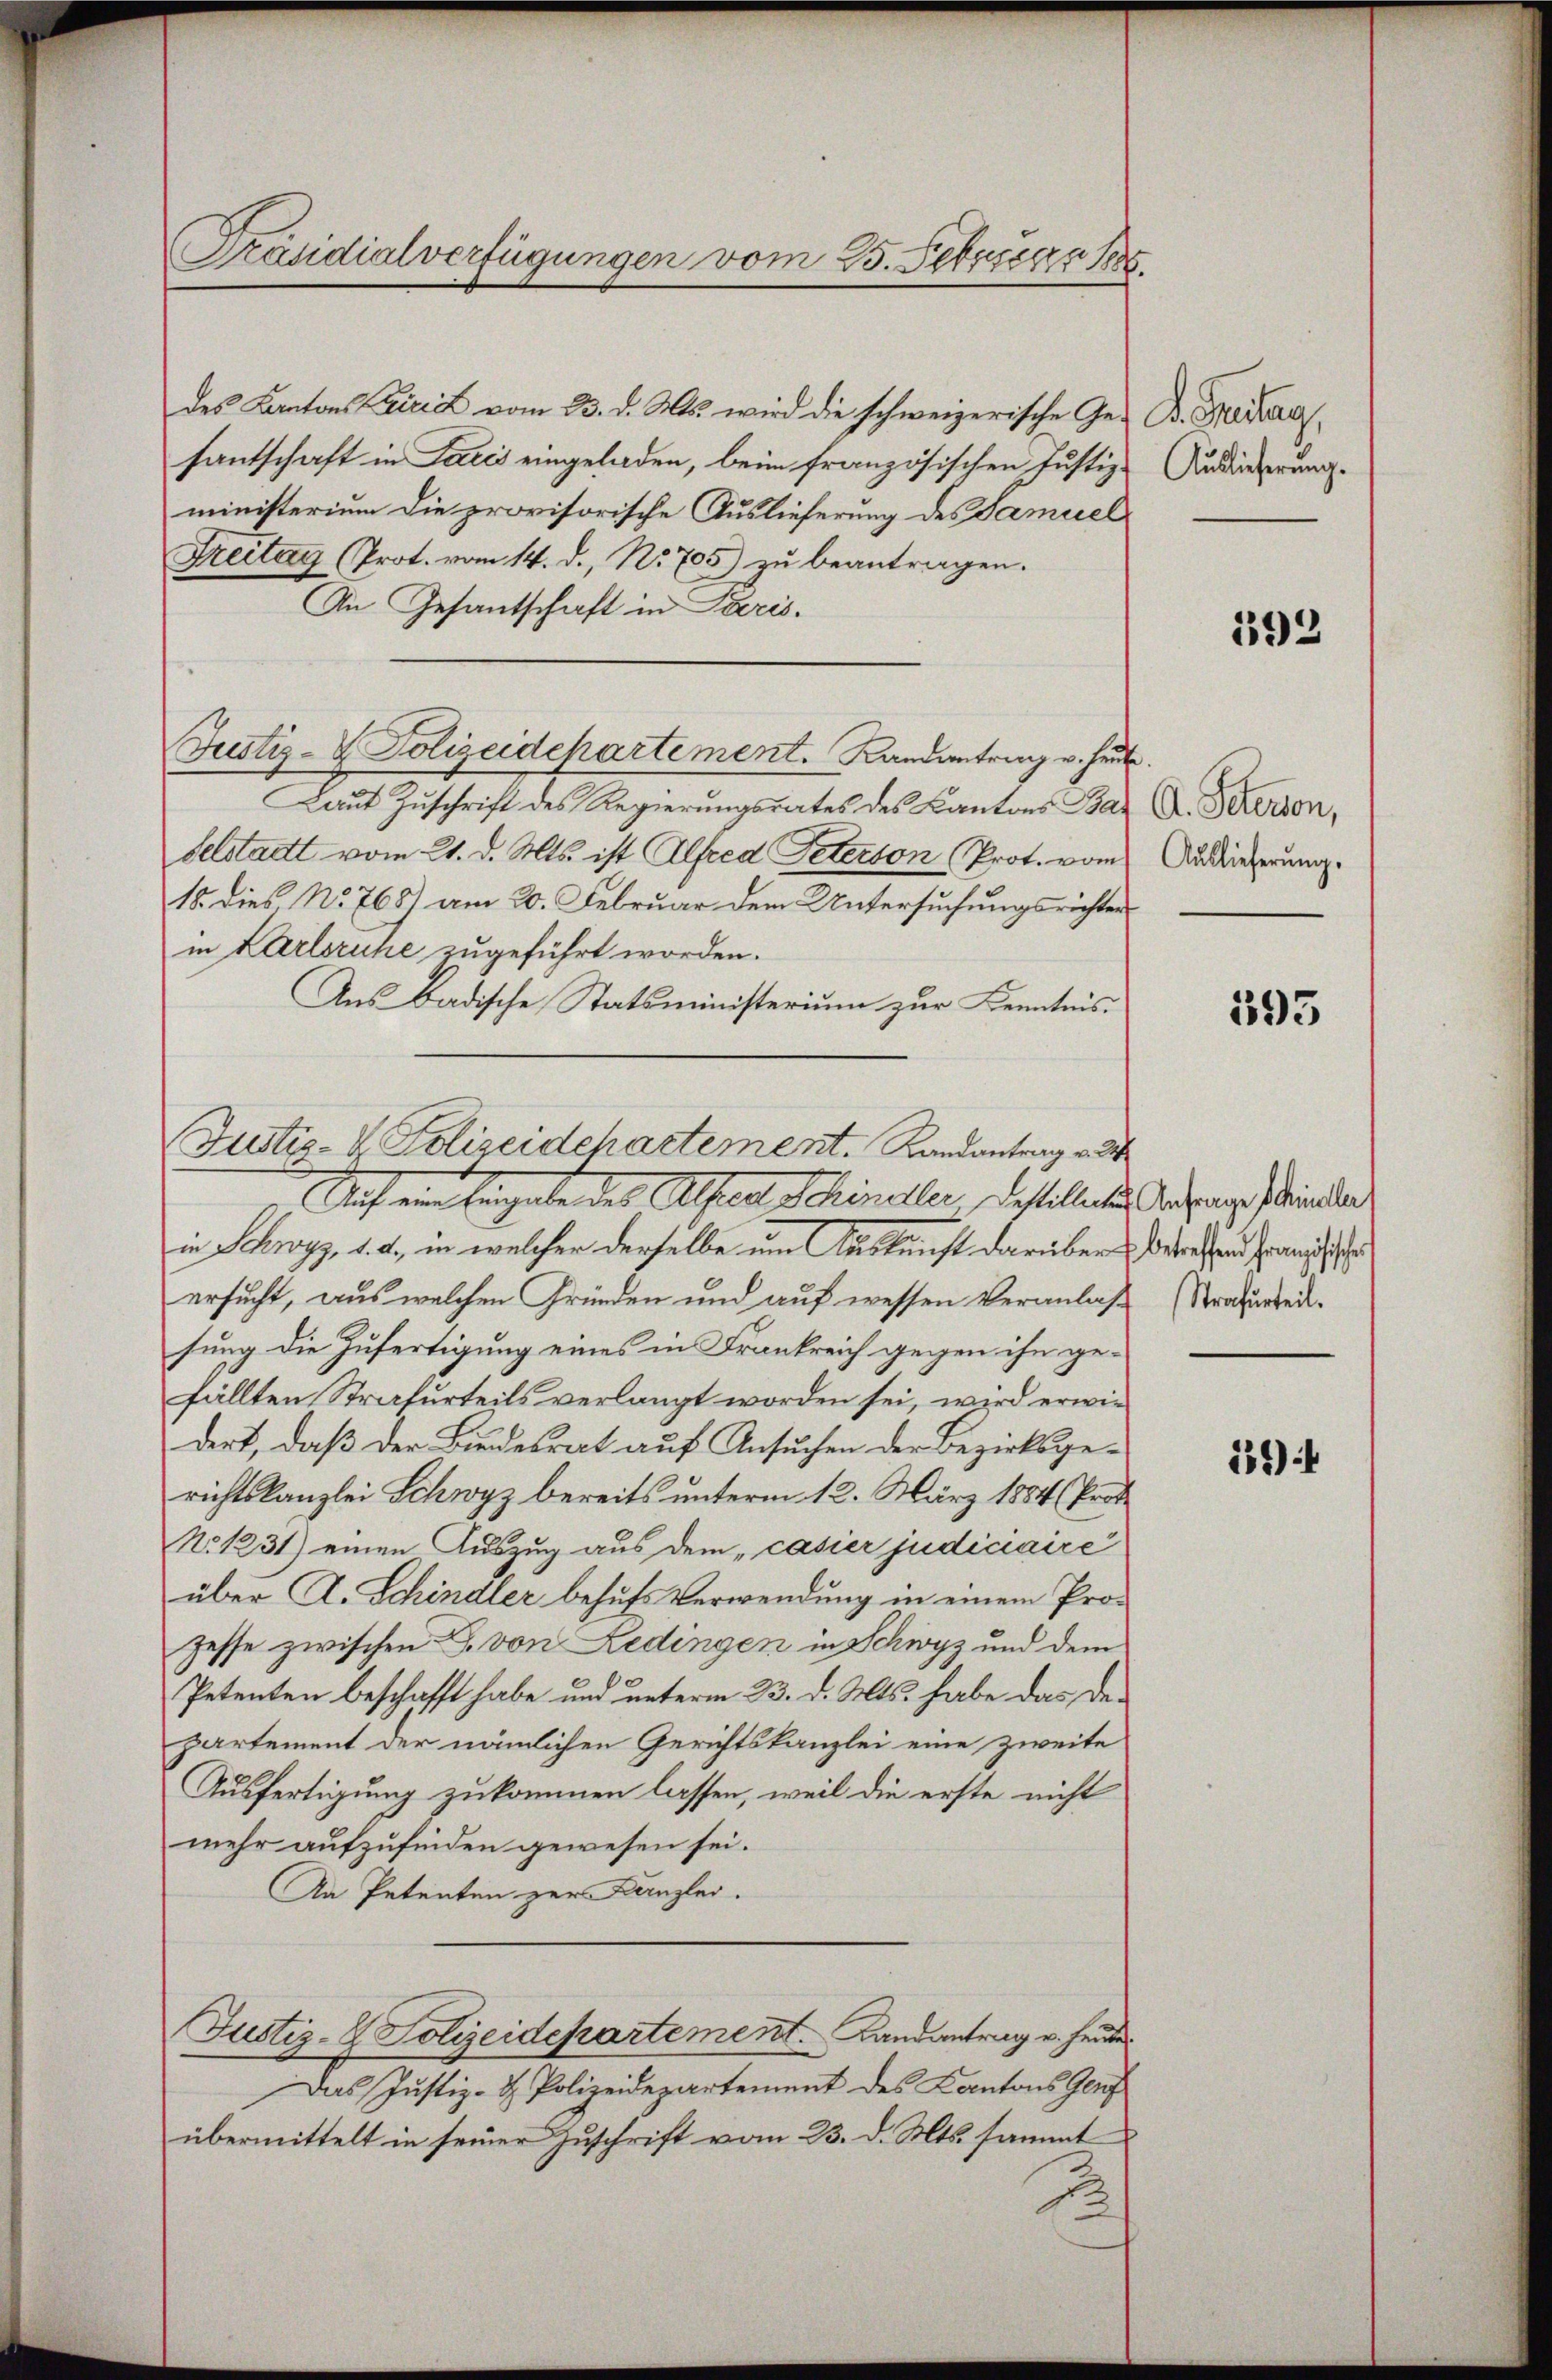
Präsidialverfügungen vom 25. Februar 1888.

des Kantons Cairid vom 23. d. Mts. wird die schweizerische Gefantschaft in Paris eingeladen, beim französischen Justiz-
ministerium die provisorische Auslieferung des Samuel
Freitag (Prot. vom 14. d., N. 705) zu beantragen.
An Gesantschaft in Paris.
Justiz- & Polizeidepartement.   Randantrag v. Heut
Laŭt Zŭschrift des Regierŭngsrates des Kantons Baz C. Pererson,
selstatt vom 21. d. Mts. ist Alfred Peterson Prot. vom
15. dies No 768) am 20. Februar dem Untersuchungsrichten
in Karlsruhe zugeführt worden.
Aus Badische Statsministerium zur Kenntnis
Auch ein Eingabe des Alten Schineller, Bestellenden Betrage sinder
in Schwyz v. a., in welcher derselbe um Auskunft darüber betreffend franchische
ersucht, aus welchen Gründen und auf wessen Veranlaß (Strafurteil.
sung die Zufertigung eines in Frankreich gegen ihn gefällten Strafurteils verlangt worden sei, wird erwiedert, daß der Bundesrat auf Ansuchen der Bezirksgerichtskanzlei Schwyz bereits unterm 12. März 1884 (Prot
No 1231) einen Auszug aus dem „casier judiciaire
über A. Schindler behufs Verwendung in einem Pro¬
Zesse zwischen B. von Ledingen in Schwyz und dem
Petenten beschafft habe und unterm 23. d. Mts. habe das Departement der nämlichen Gerichtskanzlei eine zweite
Ausfertigung zukommen lassen, weil die erste nicht
mehr aufzufinden gewesen sei.
An Petenten zur Kanzlei.
Justiz- & Polizeidepartement. Landantrag v. Heute
Das Justiz- & Polizeidepartement des Kantons Genf
übermittelt in seiner Zuschrift vom 23. d. Mts. sammt

Justiz-V. Polizeidchartement. Landantrag v. 3

L. Breitag,
Auslieferung.

393

Auslieferung.

393

139)